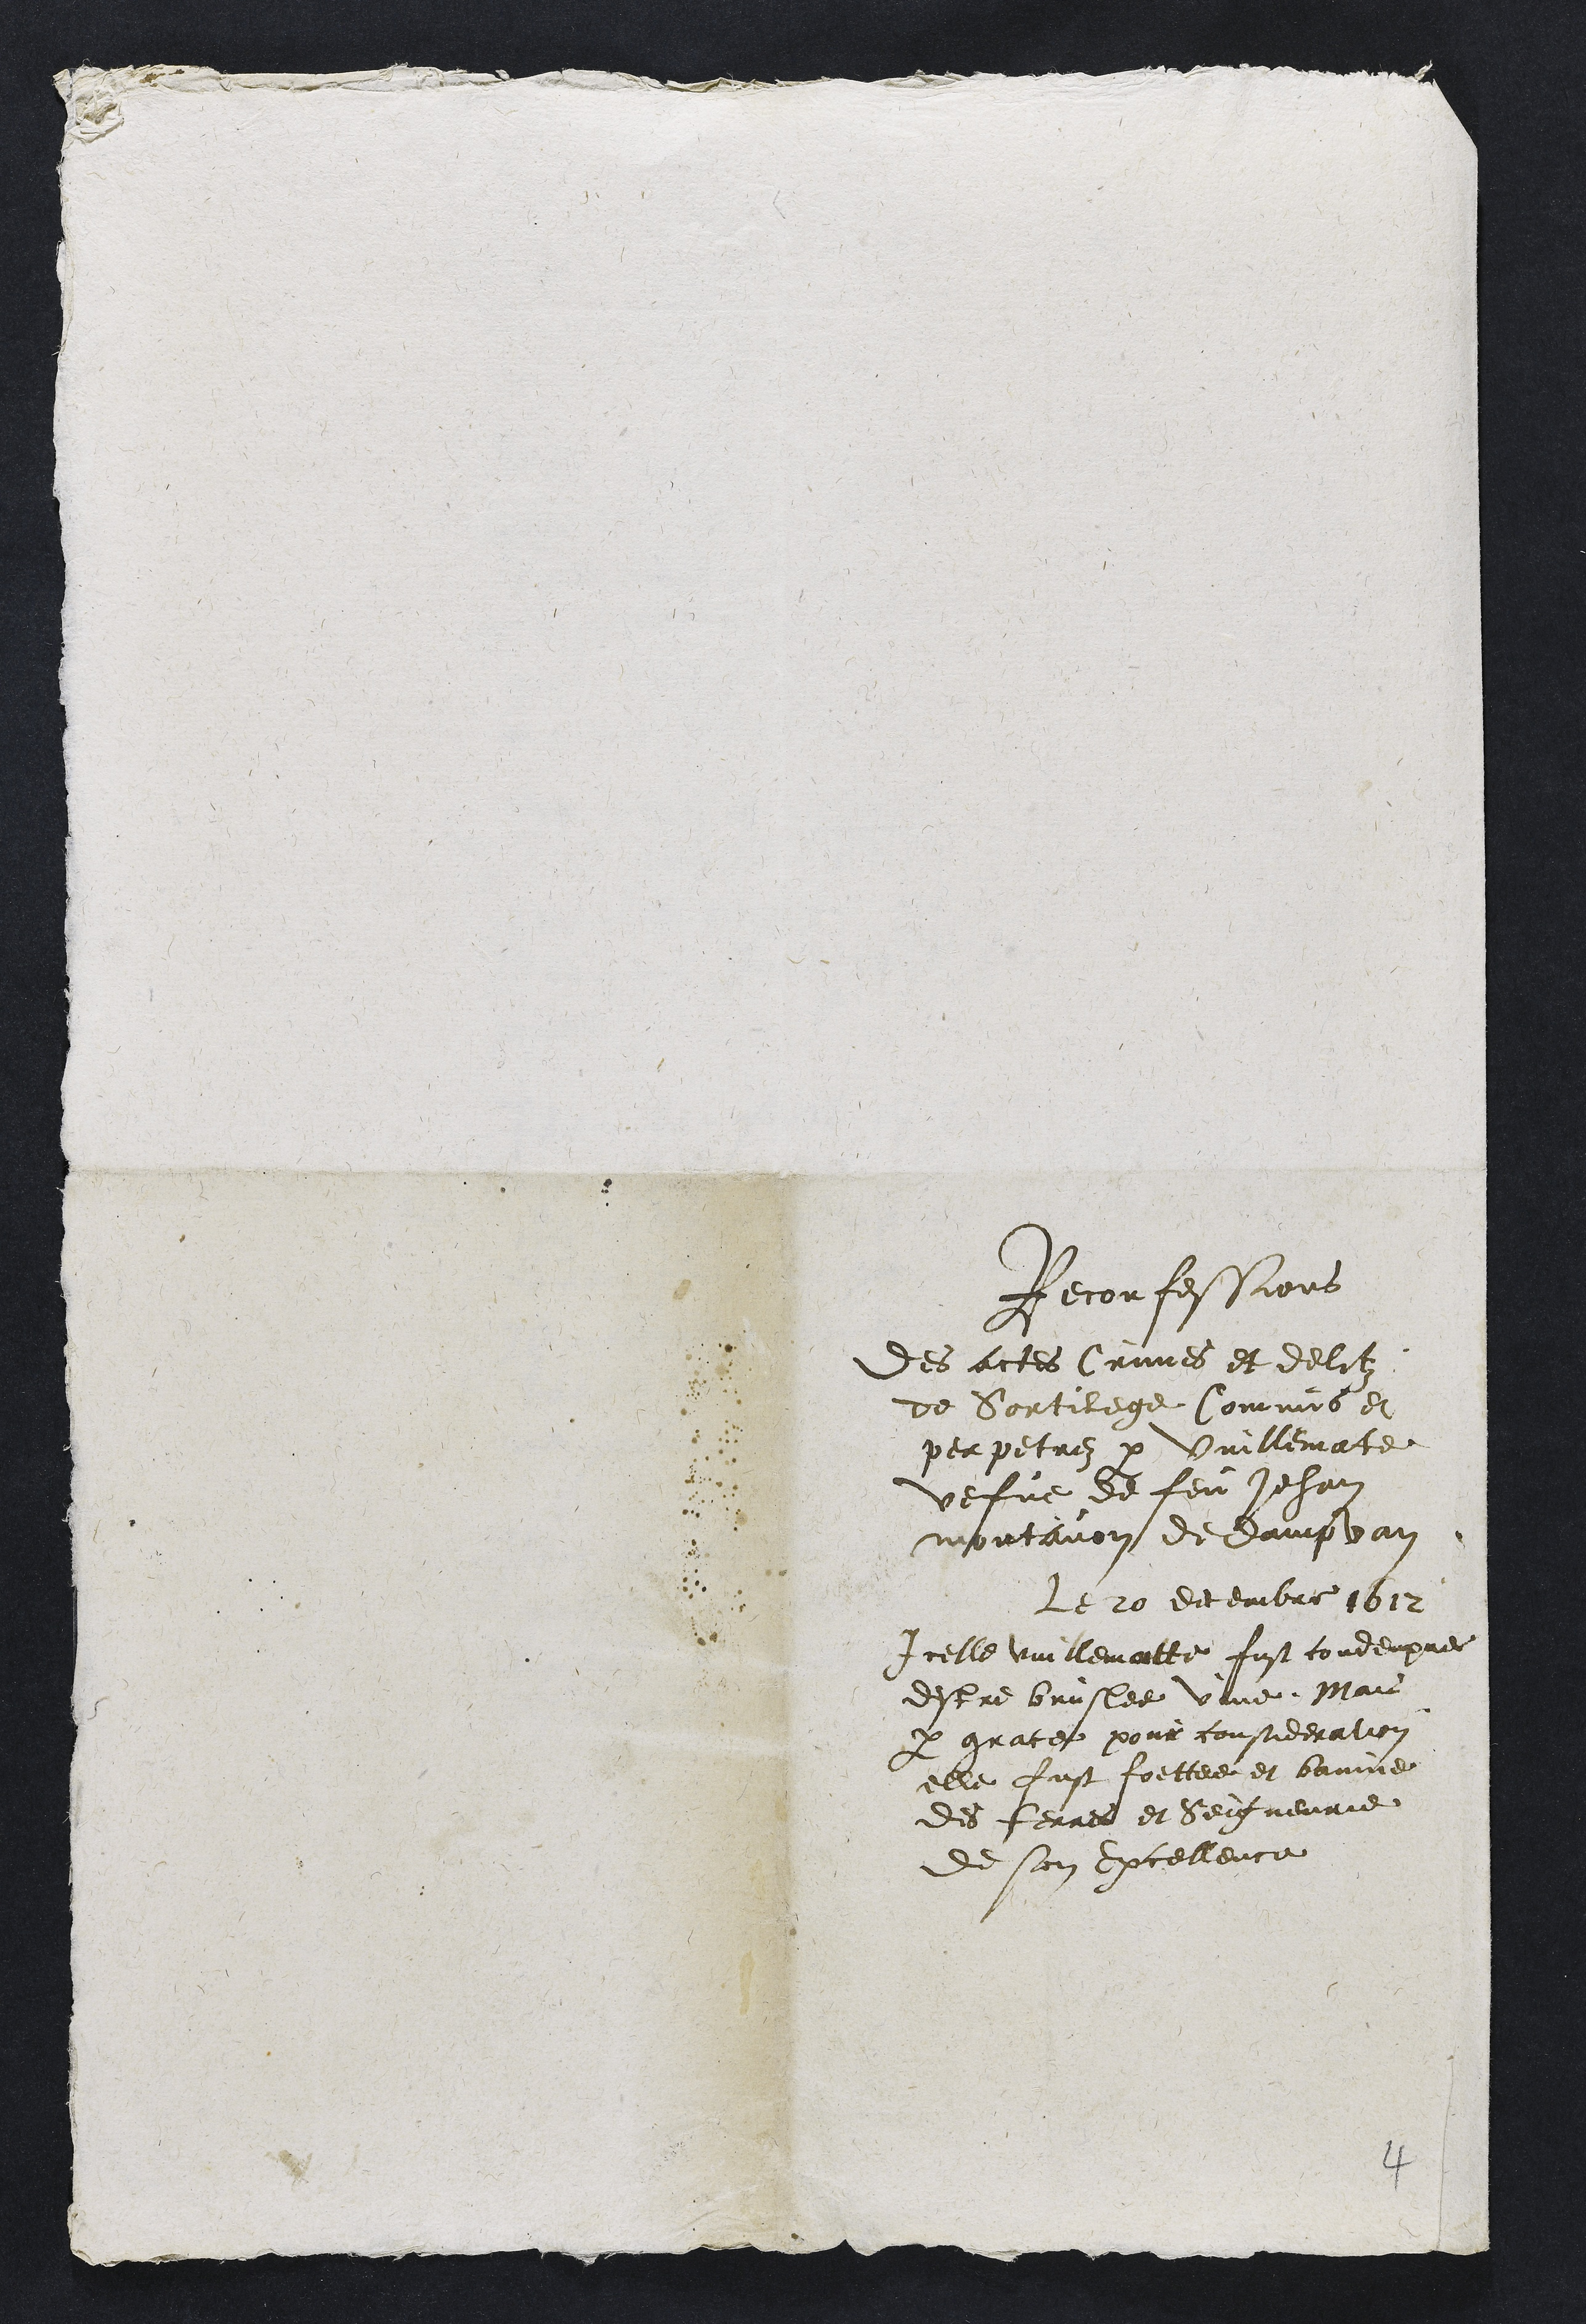
Reconfessions
Des actes Crimes et delitz
de Sortilege Commis et
perpetres par Vuillematte
vefve de feu Jehan
montanon de dampan
Le 20 decembre 1612
Icelle Vuillematte fust condempne
destre bruslee vave Mais
par grace pour constieration
elle fust foittee et bainne
des ferres et Seigneurie
de son Excellence